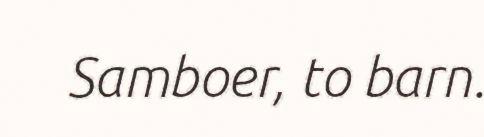
Samboer, to barn.